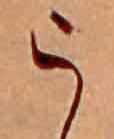
う